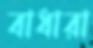
বাধারা